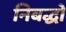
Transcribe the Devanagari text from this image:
निबद्धो